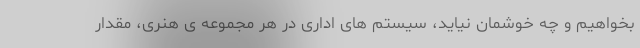
بخواهیم و چه خوشمان نیاید، سیستم های اداری در هر مجموعه ی هنری، مقدار